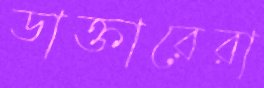
ডাক্তারেরা